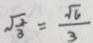
\sqrt { \frac { 2 } { 3 } } = \frac { \sqrt { 6 } } { 3 }